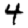
Digit: 4